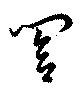
閤